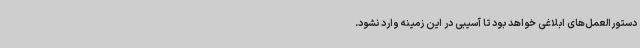
دستورالعمل‌های ابلاغی خواهد بود تا آسیبی در این زمینه وارد نشود.